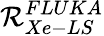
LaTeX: \mathcal{R}_{Xe-LS}^{FLUKA}